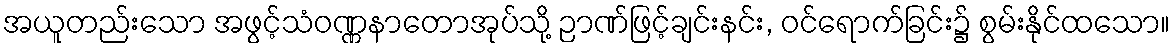
အယူတည်းသော အဖွင့်သံဝဏ္ဏနာတောအုပ်သို့ ဉာဏ်ဖြင့်ချင်းနင်း, ဝင်ရောက်ခြင်း၌ စွမ်းနိုင်ထသော။